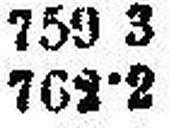
761·2